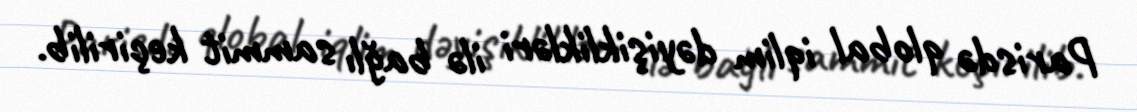
Parisdə qlobal iqlim dəyişiklikləri ilə bağlı sammit keçirilib.